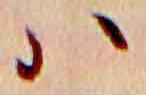
ハ